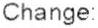
CHANGE: